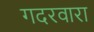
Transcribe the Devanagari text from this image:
गदरवारा